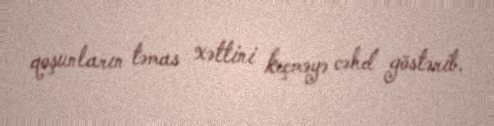
qoşunların təmas xəttini keçməyə cəhd göstərib.